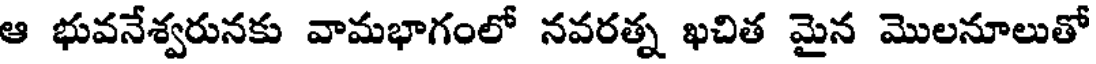
ఆ భువనేశ్వరునకు వామభాగంలో నవరత్న ఖచిత మైన మొలనూలుతో